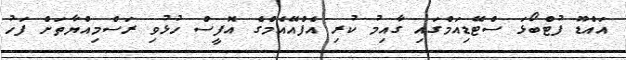
އައްޑޫ ފުޓްބޯޅަ ސްޓޭޑިއަމްގައި ގާއިމު ކުރި އެފްއޭއެމްގެ އޮފީސް ހުޅުވި ރަސްމިއްޔާތަށް ފަހު